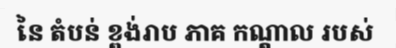
នៃ តំបន់ ខ្ពង់រាប ភាគ កណ្តាល របស់